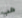
هب